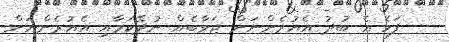
ފަހެ އެ ބުދު އެއުރެންނަށް ޖަވާބެއް ނުދޭކަމާއި އެއުރެންނަށް